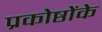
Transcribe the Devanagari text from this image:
प्रकोष्ठोंके